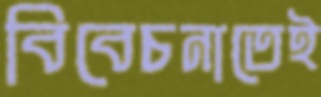
বিবেচনাতেই